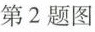
第2题图